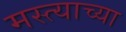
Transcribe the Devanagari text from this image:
मस्त्याच्या